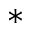
*